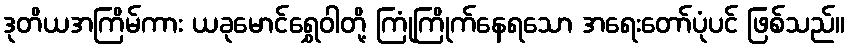
ဒုတိယအကြိမ်ကား ယခုမောင်ရွှေဝါတို့ ကြုံကြိုက်နေရသော အရေးတော်ပုံပင် ဖြစ်သည်။